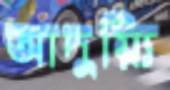
আদুয়্যি